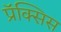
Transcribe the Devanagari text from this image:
प्रॅक्सिस